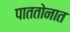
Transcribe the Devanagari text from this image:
पाततोनात